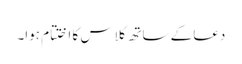
دعا کے ساتھ کلاس کا اختتام ہوا۔